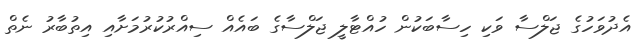
އެދުވަހުގެ ޖަލްސާ ވަކި ހިސާބަކުން ހުއްޓާލީ ޖަލްސާގެ ބައެއް ސިއްރުކުރުމަށާއި އިތުބާރު ނެތް